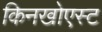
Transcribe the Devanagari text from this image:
किनखोएस्ट